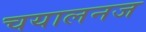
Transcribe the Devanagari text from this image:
चयालनज